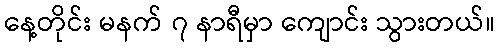
နေ့တိုင်း မနက် ၇ နာရီမှာ ကျောင်း သွားတယ်။